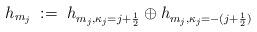
LaTeX: \begin{align*} h_{m_j}\;:=\;h_{m_j,\kappa_j=j+\frac{1}{2}}\oplus h_{m_j,\kappa_j=-(j+\frac{1}{2})}\end{align*}